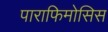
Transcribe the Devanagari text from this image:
पाराफिमोसिस